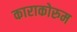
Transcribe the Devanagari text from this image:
काराकोरुम